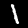
Digit: 1